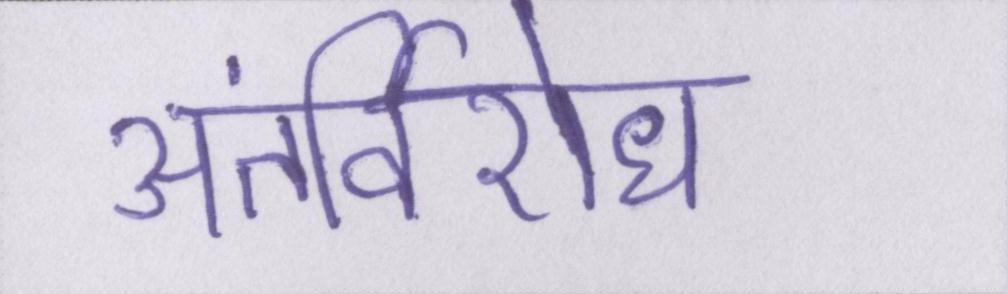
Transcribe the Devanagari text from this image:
अंतर्विरोध